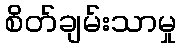
စိတ်ချမ်းသာမှု